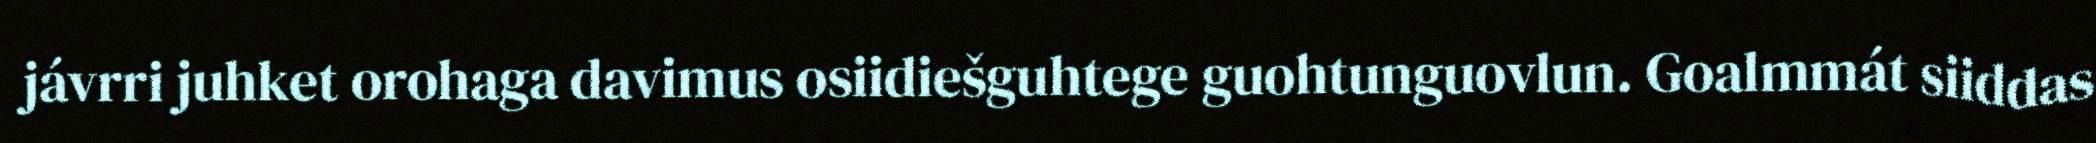
jávrri juhket orohaga davimus osiidiešguhtege guohtunguovlun. Goalmmát siiddas